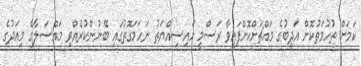
ކަމަށް ތުހުމަތުކޮށް އަދީބުގެ މައްޗަށްކޮށްފައިވާ ރަސްމީ ހައިސިއްޔަތު ނަހަމަގޮތުގައި ބޭނުންކުރެއްވި މައްސަލާގެ މިއަދުގެ